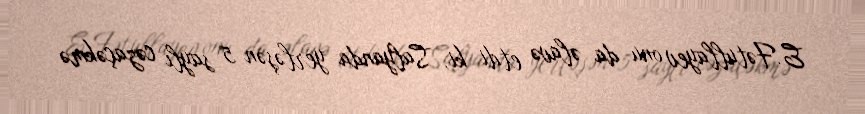
E.Fətullayev onu da əlavə etdi ki, Salyanda yerləşən 5 saylı cəzaçəkmə